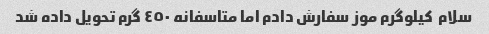
سلام  کیلوگرم موز سفارش دادم اما متاسفانه ٤٥٠ گرم تحویل داده شد